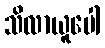
သိလာယူပေါ